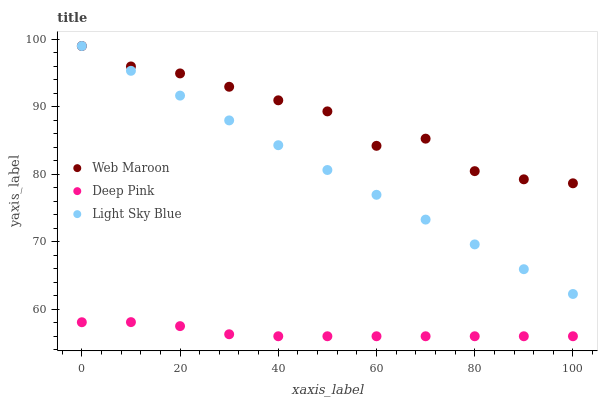
| xaxis_label | Web Maroon | Deep Pink | Light Sky Blue |
 | --- | --- | --- | --- |
 | 0 | 99 | 58.1 | 99 |
 | 10 | 96 | 58.1 | 95.3 |
 | 20 | 94.9 | 57.5 | 91.7 |
 | 30 | 93 | 56.3 | 88 |
 | 40 | 91 | 56 | 84.3 |
 | 50 | 89.3 | 56 | 80.6 |
 | 60 | 84.2 | 56 | 77 |
 | 70 | 85.3 | 56 | 73.3 |
 | 80 | 80.5 | 56 | 69.6 |
 | 90 | 79.2 | 56 | 65.9 |
 | 100 | 78.7 | 56 | 62.3 |